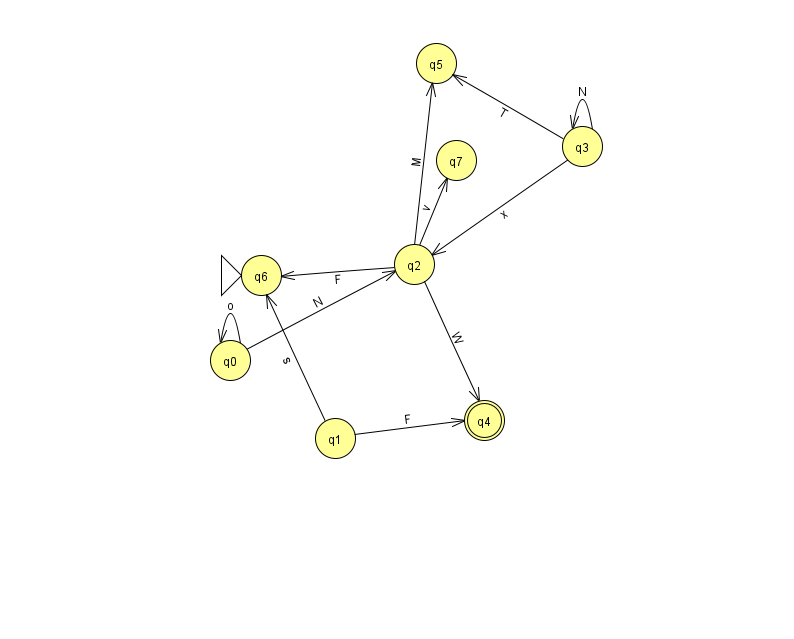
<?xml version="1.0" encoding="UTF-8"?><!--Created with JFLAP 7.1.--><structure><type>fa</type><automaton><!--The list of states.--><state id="0" name="q0"><x>230.0</x><y>347.0</y></state><state id="1" name="q1"><x>335.0</x><y>425.0</y></state><state id="2" name="q2"><x>414.0</x><y>251.0</y></state><state id="3" name="q3"><x>582.0</x><y>133.0</y></state><state id="4" name="q4"><x>484.0</x><y>407.0</y><final/></state><state id="5" name="q5"><x>436.0</x><y>50.0</y></state><state id="6" name="q6"><x>261.0</x><y>262.0</y><initial/></state><state id="7" name="q7"><x>456.0</x><y>147.0</y></state><!--The list of transitions.--><transition><from>2</from><to>4</to><read>W</read></transition><transition><from>2</from><to>7</to><read>v</read></transition><transition><from>2</from><to>5</to><read>M</read></transition><transition><from>2</from><to>6</to><read>F</read></transition><transition><from>1</from><to>6</to><read>s</read></transition><transition><from>3</from><to>2</to><read>x</read></transition><transition><from>0</from><to>2</to><read>N</read></transition><transition><from>1</from><to>4</to><read>F</read></transition><transition><from>3</from><to>5</to><read>T</read></transition><transition><from>3</from><to>3</to><read>N</read></transition><transition><from>0</from><to>0</to><read>o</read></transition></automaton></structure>